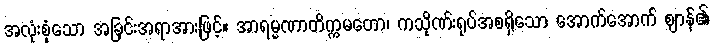
အလုံးစုံသော အခြင်းအရာအားဖြင့်။ အာရမ္မဏာတိက္ကမတော၊ ကသိုဏ်းရုပ်အစရှိသော အောက်အောက် ဈာန်၏